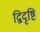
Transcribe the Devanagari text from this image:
द्विदृष्टि